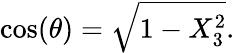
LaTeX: \cos(\theta)={\sqrt{1-X_{3}^{2}}}.